18_6369445_General_1948_Vol_1
Agency: Department of War
Incident date: 6/15/48
Page 17
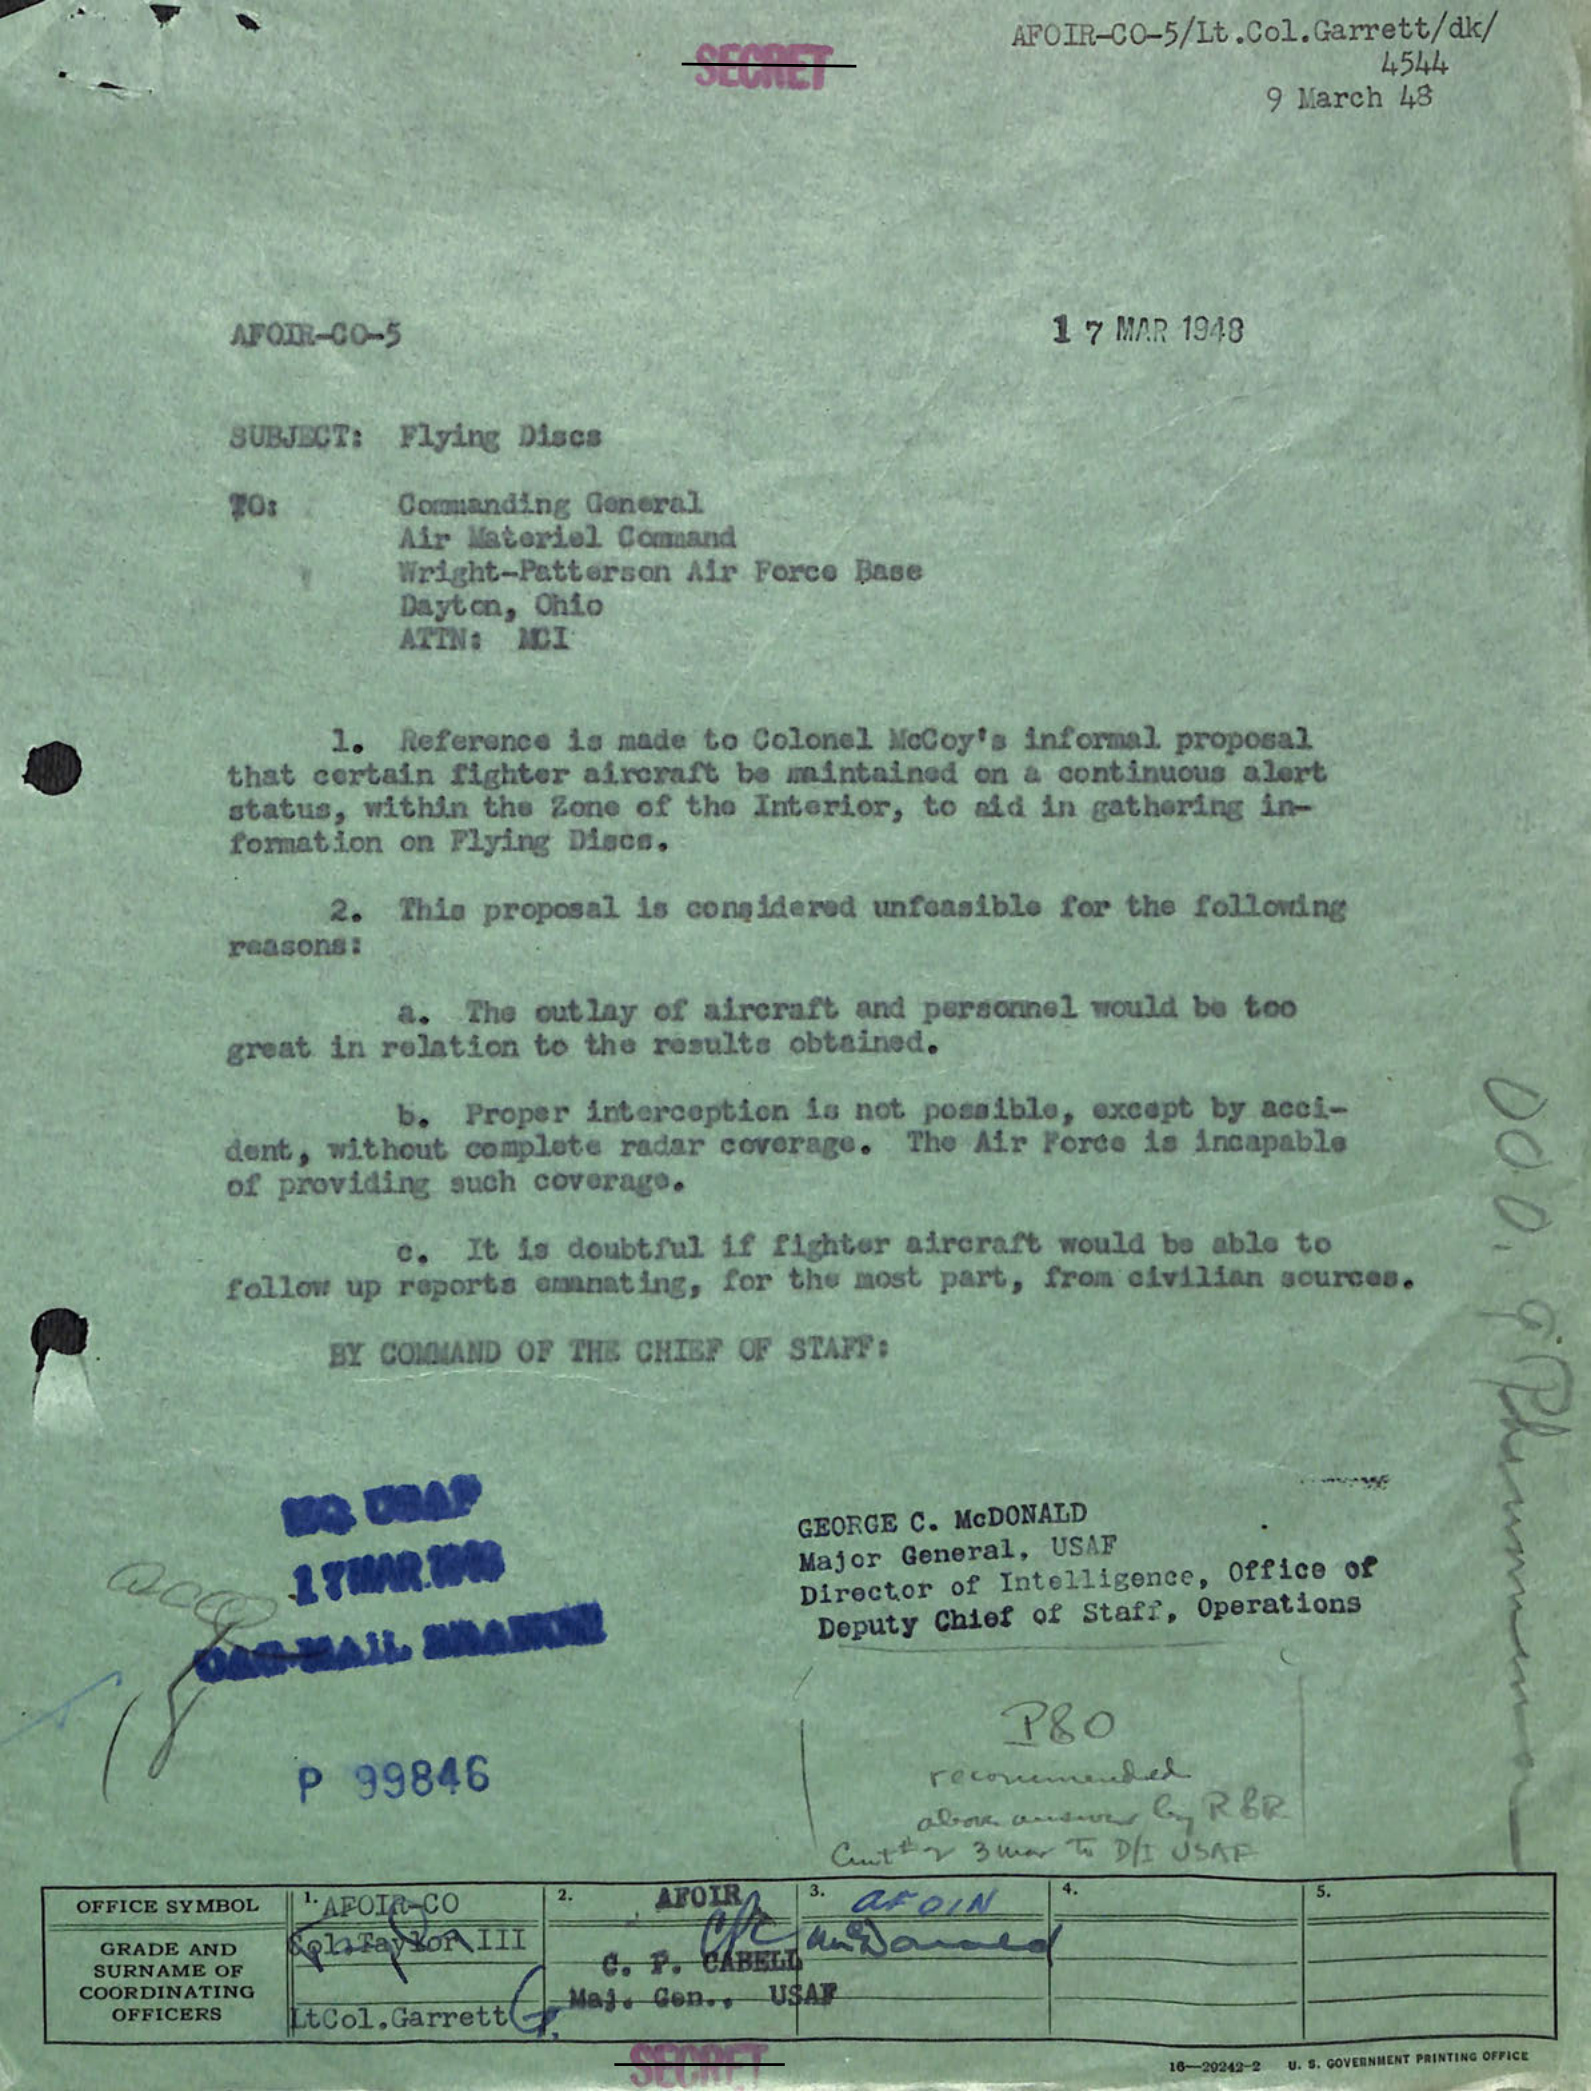